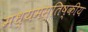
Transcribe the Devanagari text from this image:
मध्यमस्तिष्कीय